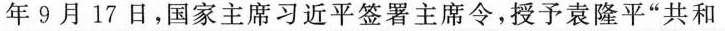
年9月17日，国家主席习近平签署主席令，授予袁隆平”共和